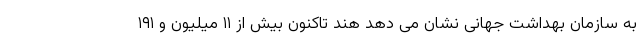
به سازمان بهداشت جهانی نشان می دهد هند تاکنون بیش از ۱۱ میلیون و ۱۹۱